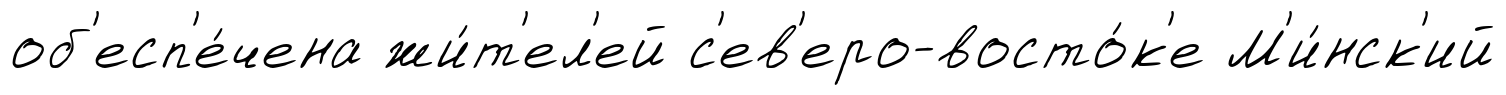
об'есп'е́чена жи́т'ел'ей с'ев'еро-восто́к'е М'и́нск'ий